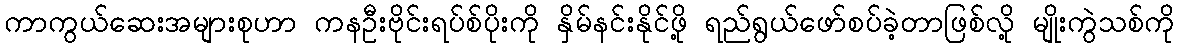
ကာကွယ်ဆေးအများစုဟာ ကနဦးဗိုင်းရပ်စ်ပိုးကို နှိမ်နင်းနိုင်ဖို့ ရည်ရွယ်ဖော်စပ်ခဲ့တာဖြစ်လို့ မျိုးကွဲသစ်ကို